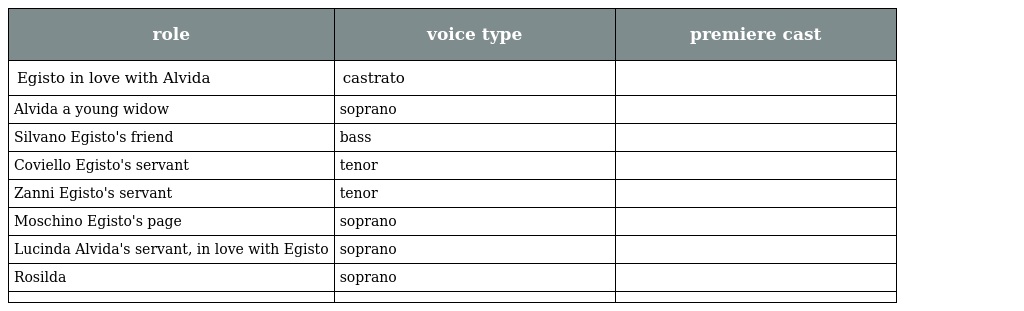
| role | voice type | premiere cast |
 | --- | --- | --- |
 | Egisto in love with Alvida | castrato |  |
 | Alvida a young widow | soprano |  |
 | Silvano Egisto's friend | bass |  |
 | Coviello Egisto's servant | tenor |  |
 | Zanni Egisto's servant | tenor |  |
 | Moschino Egisto's page | soprano |  |
 | Lucinda Alvida's servant, in love with Egisto | soprano |  |
 | Rosilda | soprano |  |
 |  |  |  |